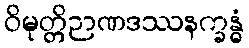
ဝိမုတ္တိဉာဏဒဿနက္ခန္ဓံ